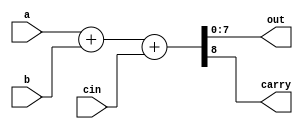
module adder_8bit_1(a,b,cin,out,carry);
input     [7:0]  a,   b;
input            cin;
output    [7:0]  out;
output           carry;
reg        [7:0]  out;
reg               carry;    
always@(a or b or cin)
 {carry,out}=a+b+cin;

endmodule